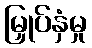
မြှုပ်နှံမှု